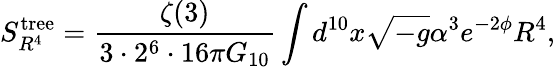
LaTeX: S_{R^{4}}^{\mathrm{tree}}=\frac{\zeta(3)}{3\cdot 2^{6}\cdot 16\pi G_{10}}\int d^{10}x\sqrt{-g}\alpha^{3}e^{-2\phi}R^{4},